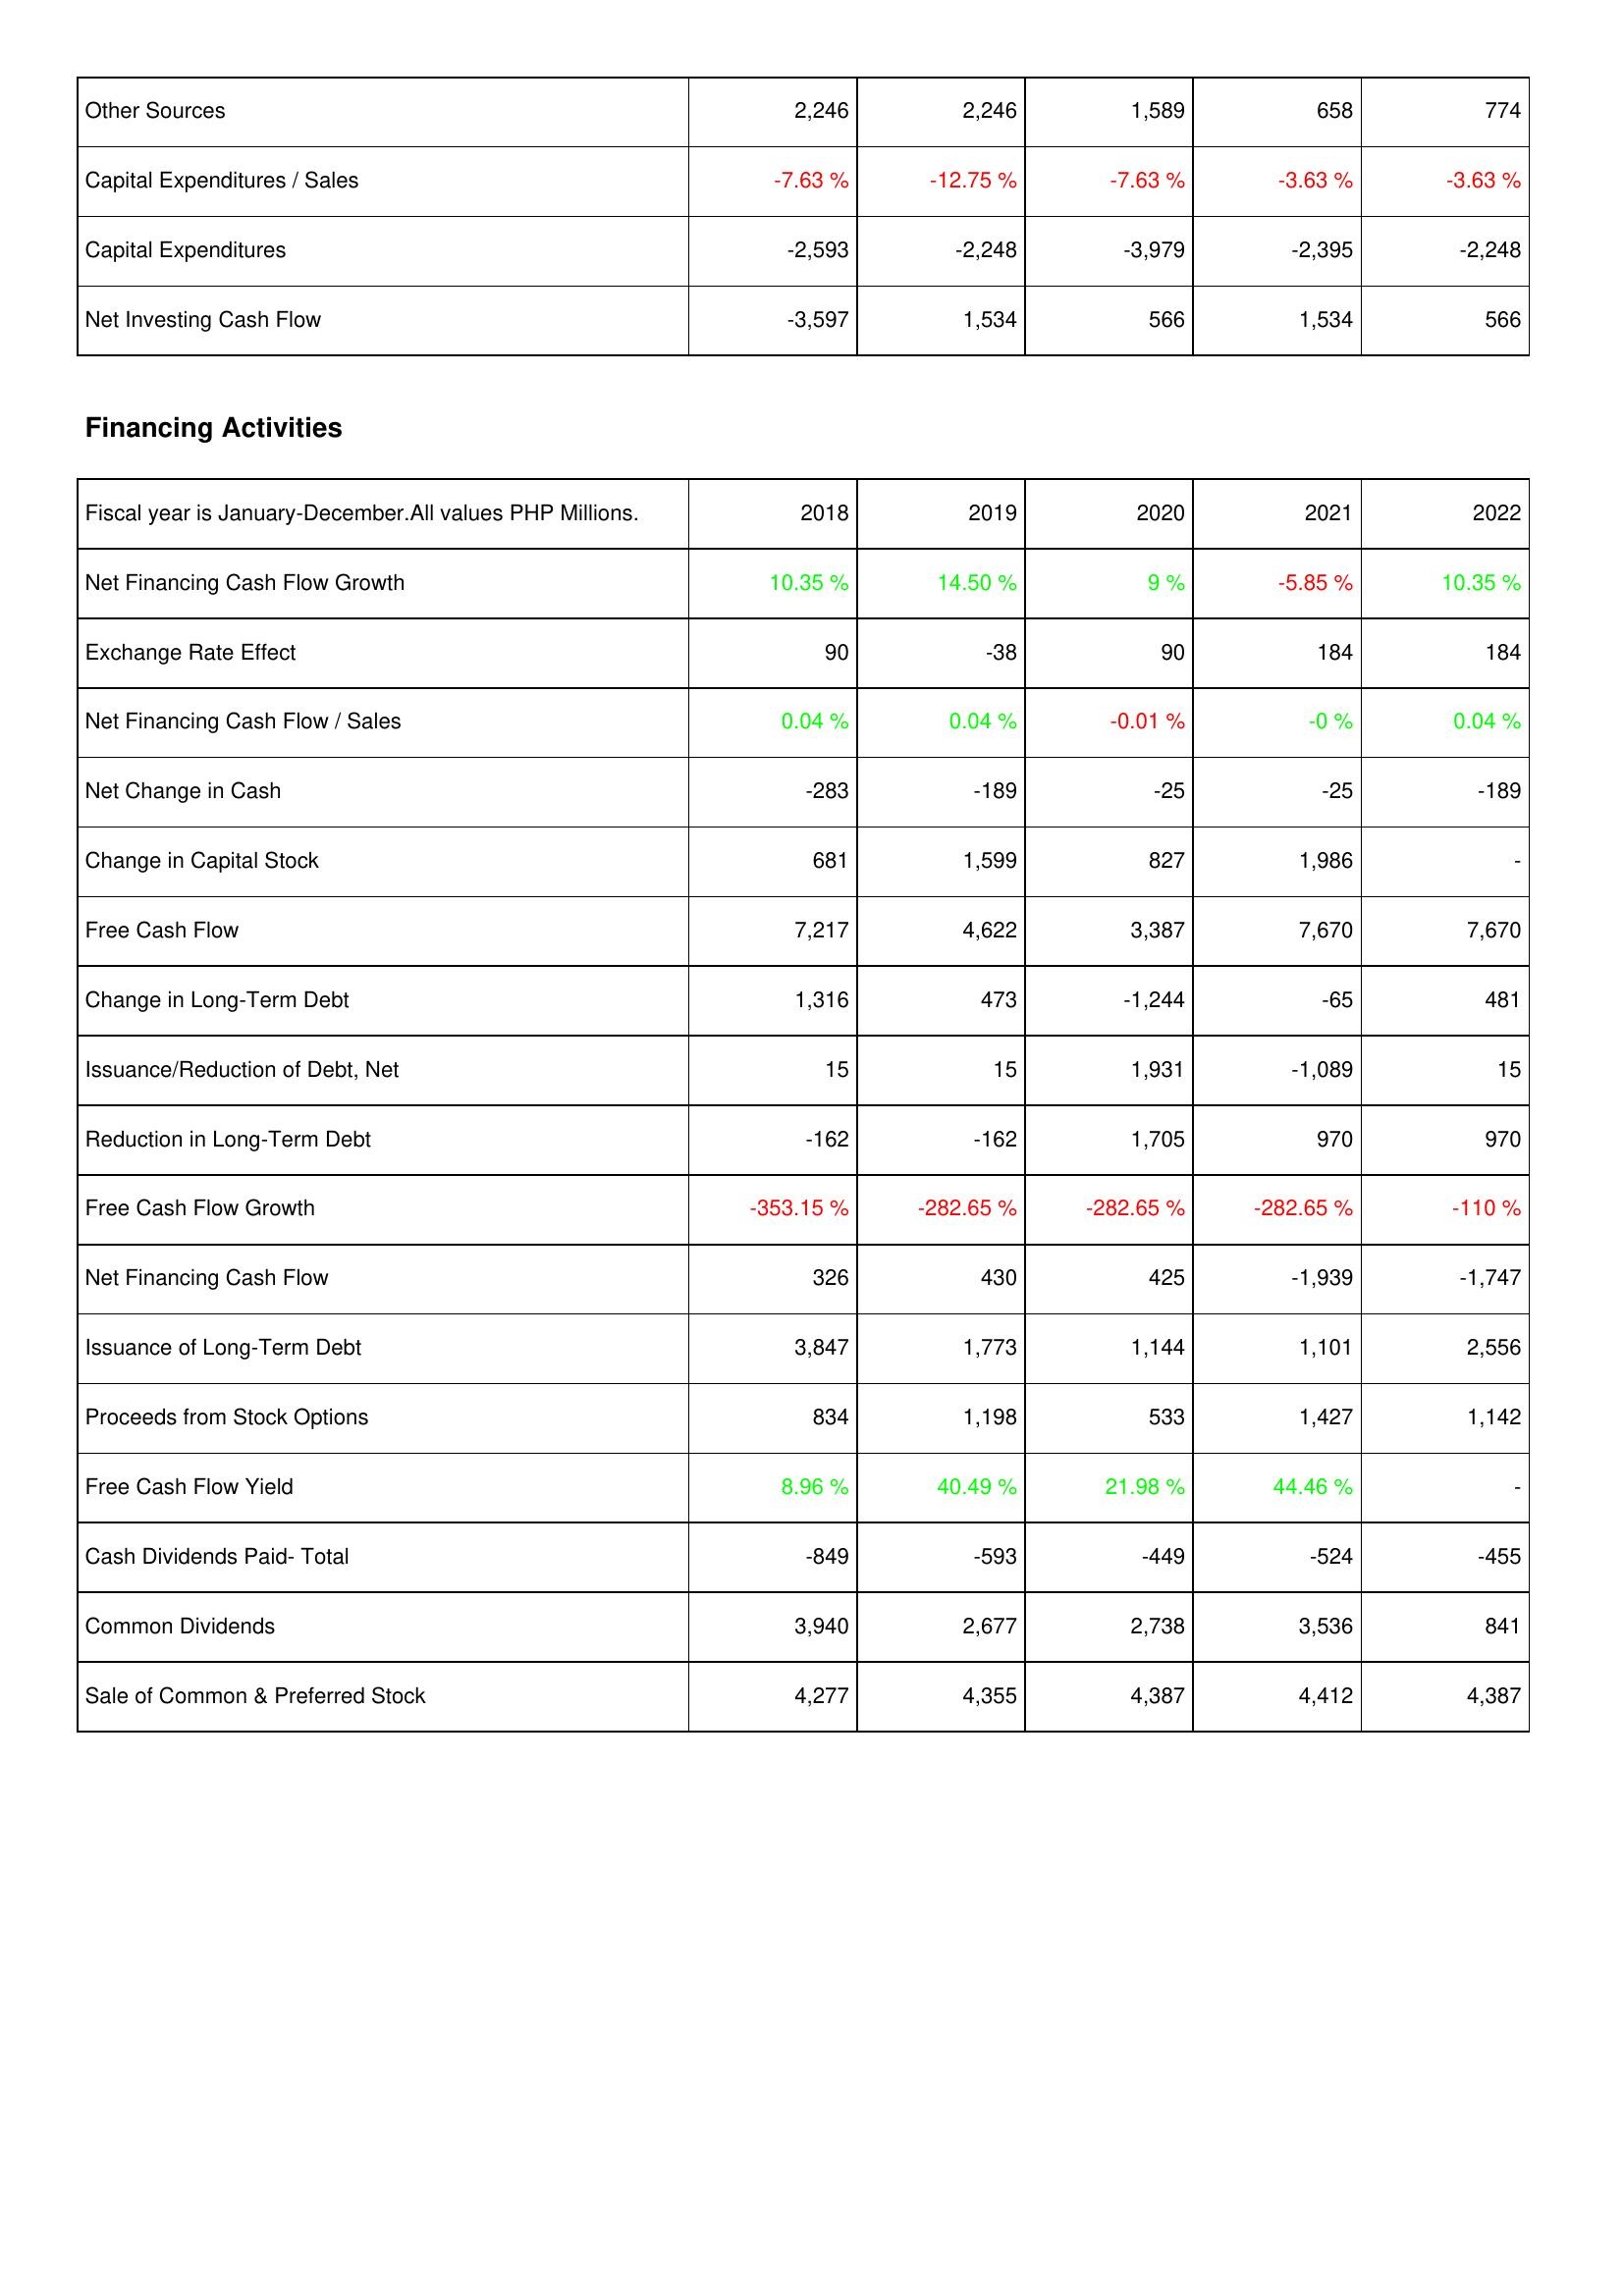
2018: Investing Activities: Other Sources: 2,246
Capital Expenditures / Sales: -7.63 %
Capital Expenditures: -2,593
Net Investing Cash Flow: -3,597
Financing Activities: Net Financing Cash Flow Growth: 10.35 %
Exchange Rate Effect: 90
Net Financing Cash Flow / Sales: 0.04 %
Net Change in Cash: -283
Change in Capital Stock: 681
Free Cash Flow: 7,217
Change in Long-Term Debt: 1,316
Issuance/Reduction of Debt, Net: 15
Reduction in Long-Term Debt: -162
Free Cash Flow Growth: -353.15 %
Net Financing Cash Flow: 326
Issuance of Long-Term Debt: 3,847
Proceeds from Stock Options: 834
Free Cash Flow Yield: 8.96 %
Cash Dividends Paid- Total: -849
Common Dividends: 3,940
Sale of Common & Preferred Stock: 4,277
2019: Investing Activities: Other Sources: 2,246
Capital Expenditures / Sales: -12.75 %
Capital Expenditures: -2,248
Net Investing Cash Flow: 1,534
Financing Activities: Net Financing Cash Flow Growth: 14.50 %
Exchange Rate Effect: -38
Net Financing Cash Flow / Sales: 0.04 %
Net Change in Cash: -189
Change in Capital Stock: 1,599
Free Cash Flow: 4,622
Change in Long-Term Debt: 473
Issuance/Reduction of Debt, Net: 15
Reduction in Long-Term Debt: -162
Free Cash Flow Growth: -282.65 %
Net Financing Cash Flow: 430
Issuance of Long-Term Debt: 1,773
Proceeds from Stock Options: 1,198
Free Cash Flow Yield: 40.49 %
Cash Dividends Paid- Total: -593
Common Dividends: 2,677
Sale of Common & Preferred Stock: 4,355
2020: Investing Activities: Other Sources: 1,589
Capital Expenditures / Sales: -7.63 %
Capital Expenditures: -3,979
Net Investing Cash Flow: 566
Financing Activities: Net Financing Cash Flow Growth: 9 %
Exchange Rate Effect: 90
Net Financing Cash Flow / Sales: -0.01 %
Net Change in Cash: -25
Change in Capital Stock: 827
Free Cash Flow: 3,387
Change in Long-Term Debt: -1,244
Issuance/Reduction of Debt, Net: 1,931
Reduction in Long-Term Debt: 1,705
Free Cash Flow Growth: -282.65 %
Net Financing Cash Flow: 425
Issuance of Long-Term Debt: 1,144
Proceeds from Stock Options: 533
Free Cash Flow Yield: 21.98 %
Cash Dividends Paid- Total: -449
Common Dividends: 2,738
Sale of Common & Preferred Stock: 4,387
2021: Investing Activities: Other Sources: 658
Capital Expenditures / Sales: -3.63 %
Capital Expenditures: -2,395
Net Investing Cash Flow: 1,534
Financing Activities: Net Financing Cash Flow Growth: -5.85 %
Exchange Rate Effect: 184
Net Financing Cash Flow / Sales: -0 %
Net Change in Cash: -25
Change in Capital Stock: 1,986
Free Cash Flow: 7,670
Change in Long-Term Debt: -65
Issuance/Reduction of Debt, Net: -1,089
Reduction in Long-Term Debt: 970
Free Cash Flow Growth: -282.65 %
Net Financing Cash Flow: -1,939
Issuance of Long-Term Debt: 1,101
Proceeds from Stock Options: 1,427
Free Cash Flow Yield: 44.46 %
Cash Dividends Paid- Total: -524
Common Dividends: 3,536
Sale of Common & Preferred Stock: 4,412
2022: Investing Activities: Other Sources: 774
Capital Expenditures / Sales: -3.63 %
Capital Expenditures: -2,248
Net Investing Cash Flow: 566
Financing Activities: Net Financing Cash Flow Growth: 10.35 %
Exchange Rate Effect: 184
Net Financing Cash Flow / Sales: 0.04 %
Net Change in Cash: -189
Change in Capital Stock: -
Free Cash Flow: 7,670
Change in Long-Term Debt: 481
Issuance/Reduction of Debt, Net: 15
Reduction in Long-Term Debt: 970
Free Cash Flow Growth: -110 %
Net Financing Cash Flow: -1,747
Issuance of Long-Term Debt: 2,556
Proceeds from Stock Options: 1,142
Free Cash Flow Yield: -
Cash Dividends Paid- Total: -455
Common Dividends: 841
Sale of Common & Preferred Stock: 4,387